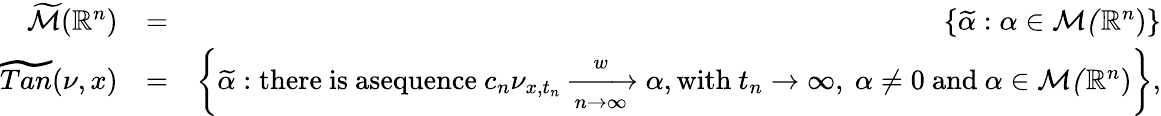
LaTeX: \begin{array}{rlr}{\widetilde{\mathcal{M}}(\mathbb{R}^{n})}&{=}&{\left\{ \widetilde{\alpha}:\alpha\in\mathcal{M(}\mathbb{R}^{n})\right\} }\\ {\widetilde{Tan}(\nu,x)}&{=}&{\left\{ \widetilde{\alpha}:\mathrm{there~is~asequence~}c_{n}\nu_{x,t_{n}}\xrightarrow[n\to\infty]{w}\alpha,\mathrm{with~}t_{n}\rightarrow\infty,\mathrm{~}\alpha\neq 0\mathrm{~and~}\alpha\in\mathcal{M(}\mathbb{R}^{n})\right\} ,}\end{array}